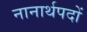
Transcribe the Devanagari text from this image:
नानार्थपदों